Indian journal of veterinary science and animal husbandry - Volumes 15-17, 1948-1951
Year: 1948
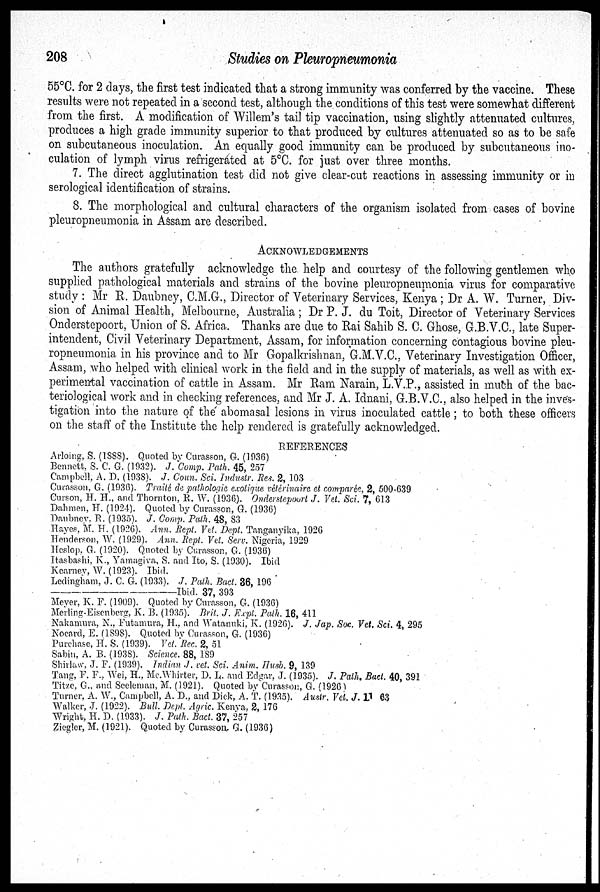
208
Studies on Pleuropneumonia
55ºC. for 2 days, the first test indicated that a strong immunity was conferred by the vaccine. These
results were not repeated in a second test, although the conditions of this test were somewhat different
from the first. A modification of Willem's tail tip vaccination, using slightly attenuated cultures,
produces a high grade immunity superior to that produced by cultures attenuated so as to be safe
on subcutaneous inoculation. An equally good immunity can be produced by subcutaneous ino-
culation of lymph virus refrigerated at 5°C. for just over three months.
7. The direct agglutination test did not give clear-cut reactions in assessing immunity or in
serological identification of strains.
8. The morphological and cultural characters of the organism isolated from cases of bovine
pleuropneumonia in Assam are described.
ACKNOWLEDGEMENTS
The authors gratefully acknowledge the help and courtesy of the following gentlemen who
supplied pathological materials and strains of the bovine pleuropneumonia virus for comparative
study : Mr R. Daubney, C.M.G., Director of Veterinary Services, Kenya; Dr A. W. Turner, Div-
sion of Animal Health, Melbourne, Australia; Dr P. J. du Toit, Director of Veterinary Services
Onderstepoort, Union of S. Africa. Thanks are due to Rai Sahib S. C. Ghose, G.B.V.C., late Super-
intendent, Civil Veterinary Department, Assam, for information concerning contagious bovine pleu-
ropneumonia in his province and to Mr Gopalkrishnan, G.M.V.C.. Veterinary Investigation Officer,
Assam, who helped with clinical work in the field and in the supply of materials, as well as with ex-
perimental vaccination of cattle in Assam. Mr Ram Narain, L.V.P., assisted in much of the bac-
teriological work and in checking references, and Mr J. A. Idnani, G.B.V.C.. also helped in the inves-
tigation into the nature of the abomasal lesions in virus inoculated cattle; to both these officers
on the staff of the Institute the help rendered is gratefully acknowledged.
REFERENCES
Arloing, S. (1888). Quoted by Curasson, G. (1936)
Bennett, S. C. G. (1932). J. Comp. Path. 45, 257
Campbell, A. D. (1938). J. Coun. Sci. Industr. Res. 2, 103
Curasson, G. (1936). Trailé de pathologie exotique vétérinaire et comparée, 2, 500-639
Curson, H. H., and Thornton, R. W. (1936). Onderstepoort J. Vet. Sci. 7, 613
Dahmen, H. (1924). Quoted by Curasson, G. (1936)
Daubney. R. (1935). J. Comp. Path. 48, 83
Hayes, M. H. (1926). Ann. Rept. Vet. Dept. Tanganyika, 1926
Henderson, W. (1929). Ann. Rept. Vet. Serv. Nigeria, 1929
Heslop. G. (1920). Quoted by Curasson, G. (1936)
Itasbashi. K., Yamagiva. S. and Ito, S. (1930). Ibid
Kearney, W. (1923). Ibid.
Ledingham, J. C. G. (1933). .J. Path. Bact. 36, 196
——Ibid.
37, 393
Meyer, K. F. (1909). Quoted by Curasson, G. (1936)
Merling-Eisenberg, K. B. (1935). Bril. J. Expt. Path. 16, 411
Nakamura, N., Futamura, H., and Watanuki, K. (1926). J. Jap. Soc. Vet. Sci. 4, 295
Nocard, E. (1898). Quoted by Curasson, G. (1936)
Purchase, H. S. (1939). Vot. Rec. 2. 51
Sabin, A. B. (1938). Science. 88, 189
Shirlaw. J. F. (1939). Indian J. cet. Sci, Anim. Husb. 9, 139
Tang, F. F., Wei, H., Mc.Whirter, D. L. and Edgar, J. (1935). J. Path. Bact. 40, 391
Titze. G., and Seeleman, M. (1921). Quoted by Curasson, G. (1926)
Turner. A. W., Campbell, A. D., and Dick, A. T. (1935). Austr. Vet. J. 11 63
Walker, J. (1922). Bull. Dept. Agric. Kenya, 2, 176
Wright, H. D. (1933). J. Path. Bact. 37, 257
Ziegler, M. (1921). Quoted by Curasson, G. (1936)